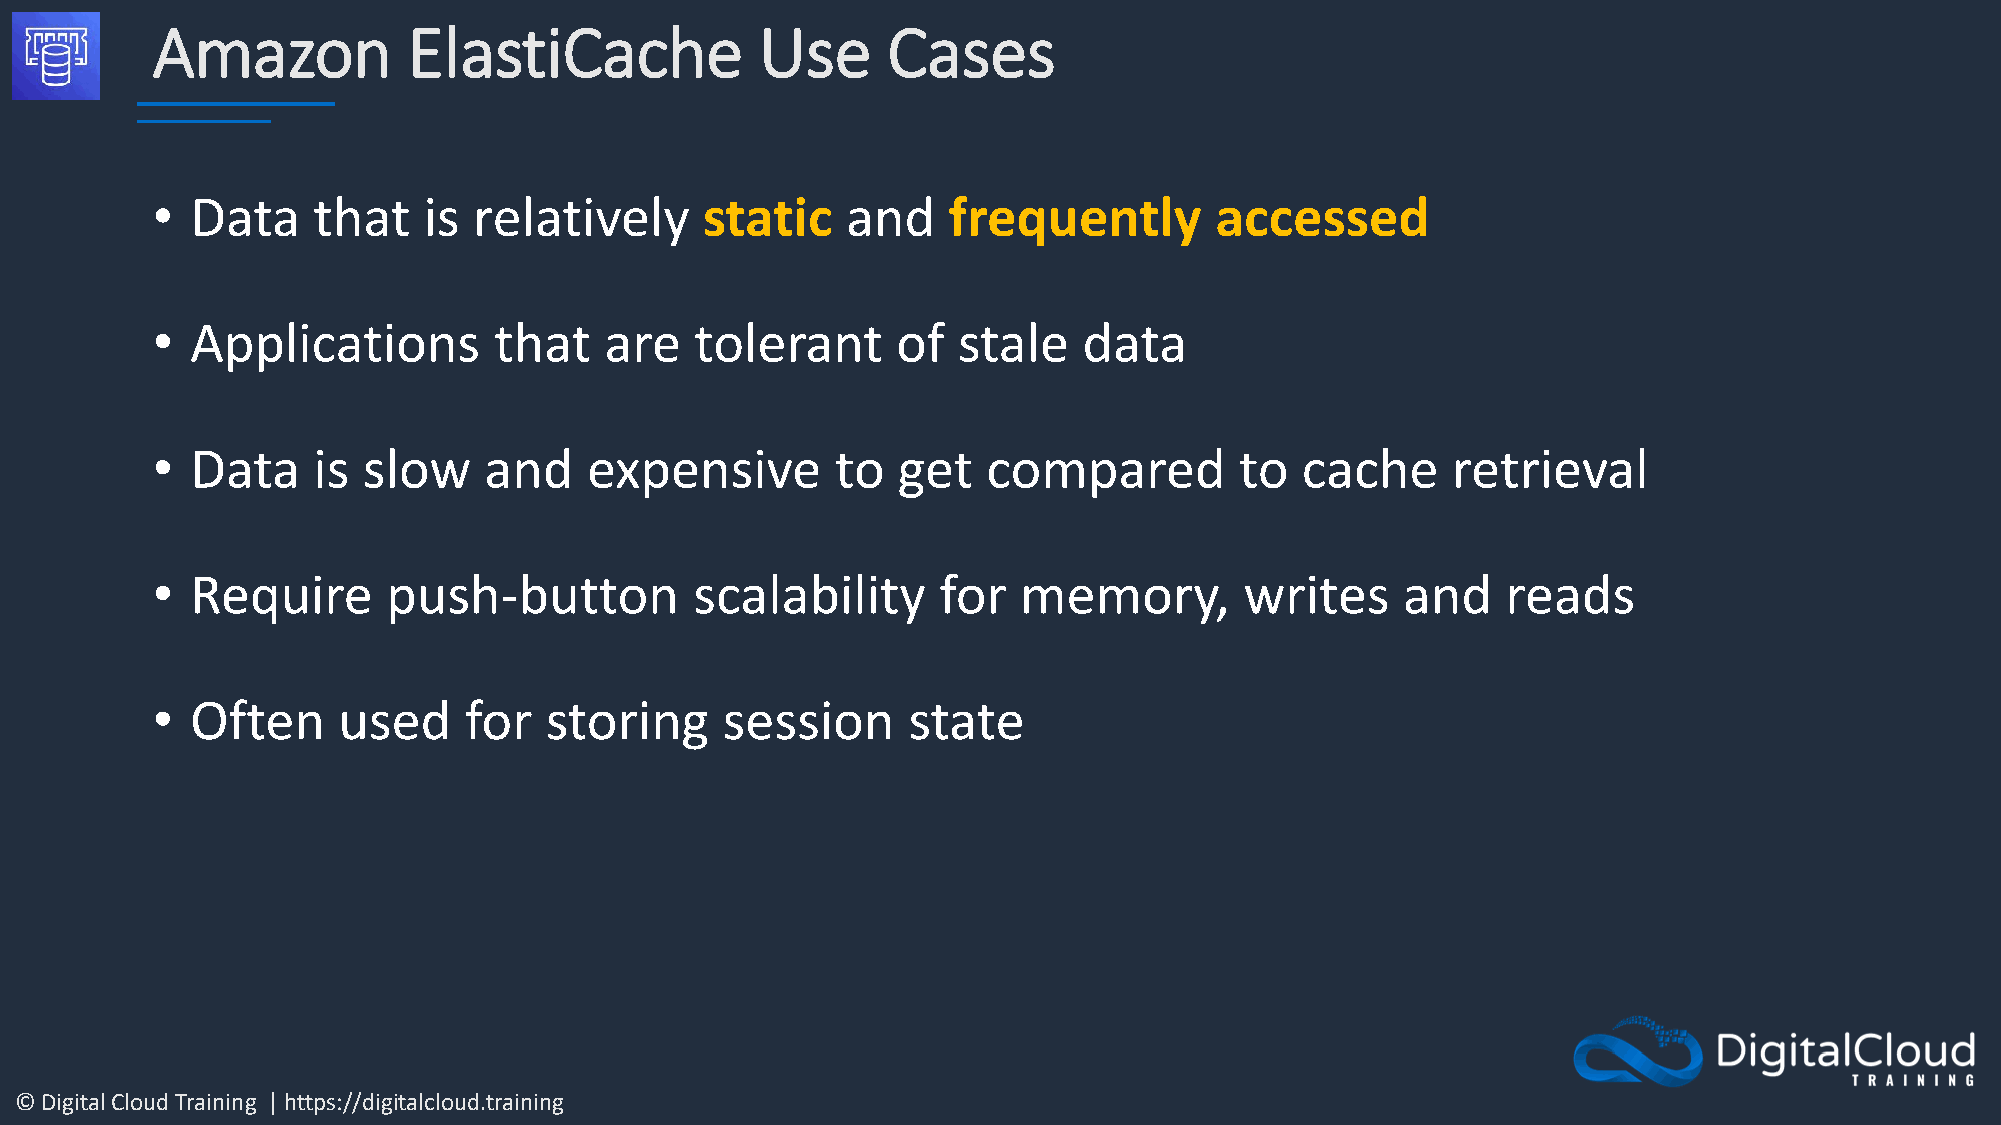
Amazon           ElastiCache            Use      Cases
 •  Data    that   is relatively      static   and    frequently       accessed
 •  Applications        that   are   tolerant     of  stale    data
 •  Data    is slow    and    expensive       to  get   compared         to  cache     retrieval
 •  Require      push-button         scalability     for   memory,       writes     and    reads
 •  Often    used     for  storing     session     state
 © Digital Cloud Training | https://digitalcloud.training